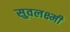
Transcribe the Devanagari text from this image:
सुवलक्ष्मी